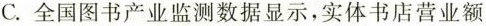
C. 全国图书产业监测数据显示，实体书店营业额